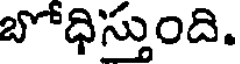
బోధిస్తుంది.